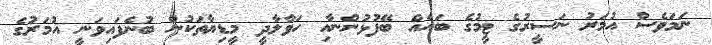
ނަމަވެސް އުމަރު ނަސީރުގެ ޓީމުގެ ބައެއް ބޭފުޅުންނާއި ހަވާލާދީ މީޑިޔާތަކުން ބުނެފައިވަނީ އުމަރުގެ